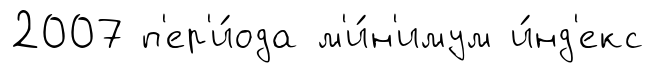
2007 п'ер'и́ода м'и́н'имум и́нд'екс